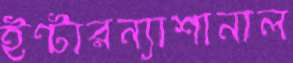
ইন্টারন্যাশানাল